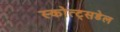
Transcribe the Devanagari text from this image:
स्कोत्ट्सडेल